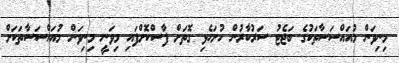
މިނިވަން މުއައްސަސާތަކުގެ ބަޖެޓު ސަރުކާރުން ހުށަހެޅި ގޮތަށް ފާސްކޮށްފައި މިވަނީ މިނިވަން މުއައްސަސާތަކަށް